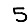
Digit: 5